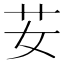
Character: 𦬑